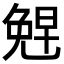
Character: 𪞂